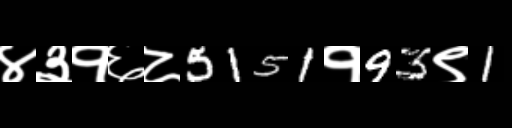
Text: ४३१६८5151१93९1